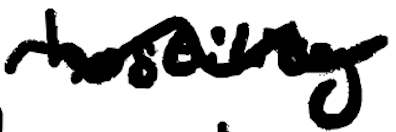
Text: hostility
Cross-out: wave
Writing tool: digital_black